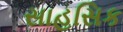
સાહસિક